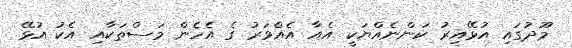
މޫދުގައި އުޅޭއިރު ކަންނެއްޔަކީ އެއާ އެއްވަރު ގެ އެހެން މަސްތަކާއި އެކު އުޅޭ